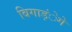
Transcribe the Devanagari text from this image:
बिगाड़ंेगे